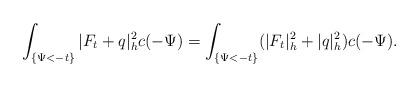
LaTeX: \begin{align*}\int_{\{\Psi<-t\}}|F_t+q|^2_hc(-\Psi)=\int_{\{\Psi<-t\}}(|F_t|^2_h+|q|^2_h)c(-\Psi).\end{align*}